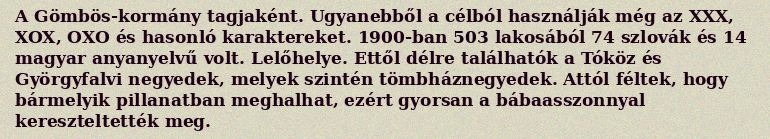
A Gömbös-kormány tagjaként. Ugyanebből a célból használják még az XXX, XOX, OXO és hasonló karaktereket. 1900-ban 503 lakosából 74 szlovák és 14 magyar anyanyelvű volt. Lelőhelye. Ettől délre találhatók a Tóköz és Györgyfalvi negyedek, melyek szintén tömbháznegyedek. Attól féltek, hogy bármelyik pillanatban meghalhat, ezért gyorsan a bábaasszonnyal kereszteltették meg.